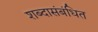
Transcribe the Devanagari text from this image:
शब्दासंबंधित